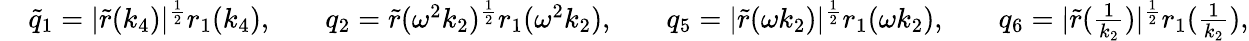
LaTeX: \begin{array}{rlrlrlrl}&{\tilde{q}_{1}=|\tilde{r}(k_{4})|^{\frac{1}{2}}r_{1}(k_{4}),}&&{q_{2}=\tilde{r}(\omega^{2}k_{2})^{\frac{1}{2}}r_{1}(\omega^{2}k_{2}),}&&{q_{5}=|\tilde{r}(\omega k_{2})|^{\frac{1}{2}}r_{1}(\omega k_{2}),}&&{q_{6}=|\tilde{r}(\frac{1}{k_{2}})|^{\frac{1}{2}}r_{1}(\frac{1}{k_{2}}),}\end{array}